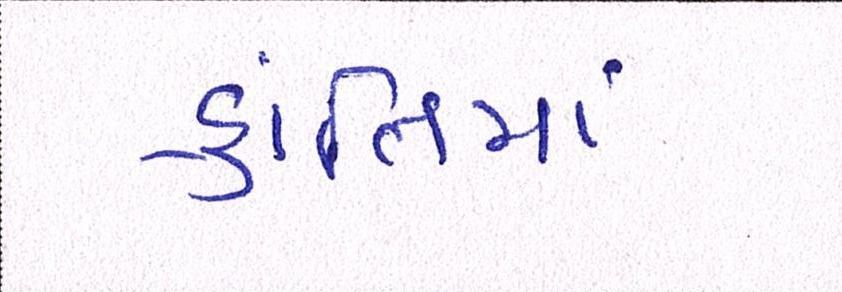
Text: ક્રાંતિમાં